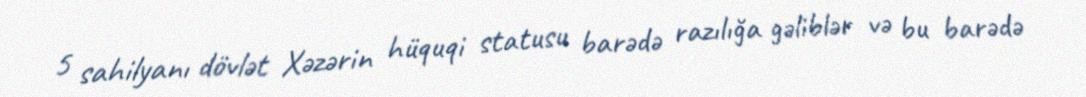
5 sahilyanı dövlət Xəzərin hüquqi statusu barədə razılığa gəliblər və bu barədə